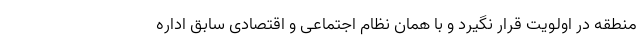
منطقه در اولویت قرار نگیرد و با همان نظام اجتماعی و اقتصادی سابق اداره